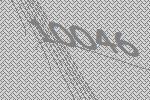
10046